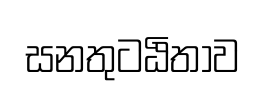
සනතුටඨිතාව